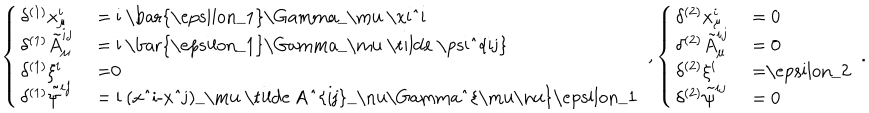
\left\{ \left\{ \begin{cases} { { \delta ^ { ( 1 ) } x _ { \mu } ^ { i } } } & { { = i \bar { \epsilon _ { 1 } } \Gamma _ { \mu } \xi ^ { i } } } \\ { { \delta ^ { ( 1 ) } \tilde { A } _ { \mu } ^ { i j } } } & { { = i \bar { \epsilon _ { 1 } } \Gamma _ { \mu } \tilde { \psi } ^ { i j } } } \\ { { \delta ^ { ( 1 ) } \xi ^ { i } } } & { { = 0 } } \\ { { \delta ^ { ( 1 ) } \tilde { \psi } ^ { i j } } } & { { = i ( x ^ { i } - x ^ { j } ) _ { \mu } \tilde { A } _ { \nu } ^ { i j } \Gamma ^ { \mu \nu } \epsilon _ { 1 } } } \\ \end{cases} \right. \right. , \left\{ \left\{ \begin{cases} { { \delta ^ { ( 2 ) } x _ { \mu } ^ { i } } } & { { = 0 } } \\ { { \delta ^ { ( 2 ) } \tilde { A } _ { \mu } ^ { i j } } } & { { = 0 } } \\ { { \delta ^ { ( 2 ) } \xi ^ { i } } } & { { = \epsilon _ { 2 } } } \\ { { \delta ^ { ( 2 ) } \tilde { \psi } ^ { i j } } } & { { = 0 } } \\ \end{cases} \right. \right. .